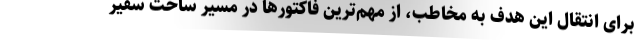
برای انتقال این هدف به مخاطب، از مهم‌ترین فاکتورها در مسیر ساخت سفیر